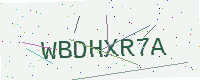
Text: WBDHXR7A